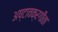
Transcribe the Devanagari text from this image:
अष्टावक्रगीता